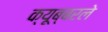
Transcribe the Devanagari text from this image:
क्यूब्बरले